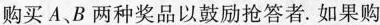
购买A、B两种奖品以鼓励抢答者.如果购